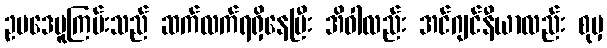
ဥပဒေမူကြမ်းသည် ဆက်လက်ရရှိနေပြီး အိဝါလည်း အင်ဂျင်နီယာလည်း စုမှ